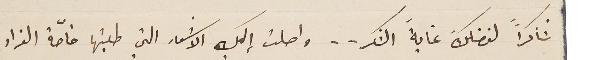
شاكراً لفضلكَ غايةَ الشكر.. واصلت إلك الاشعار التي طلبتها خاصّة الفراد